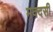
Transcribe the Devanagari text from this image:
मक्दसी